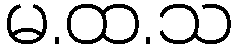
မ.ထ.သ